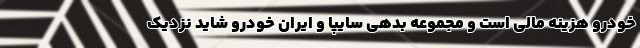
خودرو هزینه مالی است و مجموعه بدهی سایپا و ایران خودرو شاید نزدیک